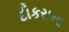
દીકરાના